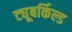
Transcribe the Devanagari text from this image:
ट्यूबर्किल्ड